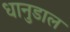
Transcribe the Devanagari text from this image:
धानुडाल